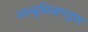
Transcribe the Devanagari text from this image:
अल्बुमिनाएड्स